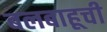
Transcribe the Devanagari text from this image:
बलबाहूची